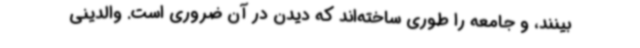
بینند، و جامعه را طوری ساخته‌اند که دیدن در آن ضروری است. والدینی